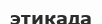
этикада